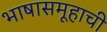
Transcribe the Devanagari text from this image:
भाषासमूहाची